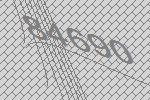
84690